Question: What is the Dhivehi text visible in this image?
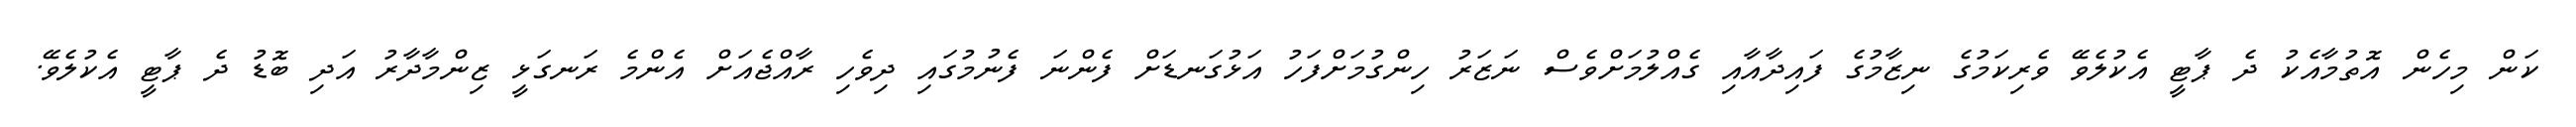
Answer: ކަން މިހެން އޮތުމާއެކު ދެ ޕާޓީ އެކުލެވޭ ވެރިކަމުގެ ނިޒާމުގެ ފައިދާއާއި ގެއްލުމަށްވެސް ނަޒަރު ހިންގުމަށްފަހު އަޅުގަނޑަށް ފެންނަ ފެނުމުގައި ދިވެހި ރާއްޖެއަށް އެންމެ ރަނގަޅީ ޒިންމާދާރު އަދި ބޮޑު ދެ ޕާޓީ އެކުލެވޭ.